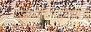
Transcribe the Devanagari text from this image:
जन्मदिनानिमीत्त